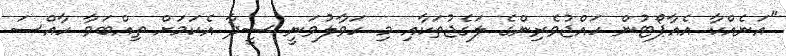
"އަނެއްކާ އެއާޕޯޓުން ހައްޖުވެރިންގެ ލަގެޖުތަކާއި މި ހަވާލުވަނީ ސީދާ އެކަމަށް ތިއްބަވާ ހާއްސަ